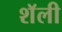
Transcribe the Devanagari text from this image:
शॅली